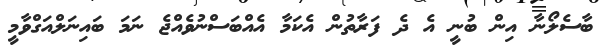
ބާސެލޯނާ އިން ބުނީ އެ ދެ ފަރާތުން އެކަމާ އެއްބަސްނުވެއްޖެ ނަމަ ބައިނަލްއަގްވާމީ